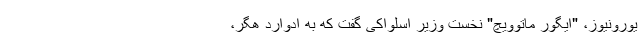
یورونیوز، "ایگور ماتوویچ" نخست وزیر اسلواکی گفت که به ادوارد هگر،